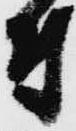
付